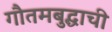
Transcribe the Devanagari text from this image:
गौतमबुद्धाची